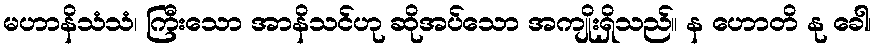
မဟာနိသံသံ၊ ကြီးသော အာနိသင်ဟု ဆိုအပ်သော အကျိုးရှိသည်။ န ဟောတိ နု ခေါ၊